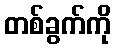
တစ်ခွက်ကို